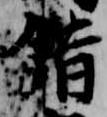
錯